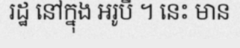
រដ្ឋ នៅក្នុង អរូបី ។ នេះ មាន